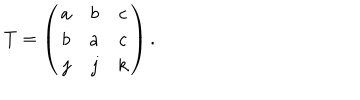
T = \left( \begin{array} { c c c } { { a } } & { { b } } & { { c } } \\ { { b } } & { { a } } & { { c } } \\ { { j } } & { { j } } & { { k } } \\ \end{array} \right) .